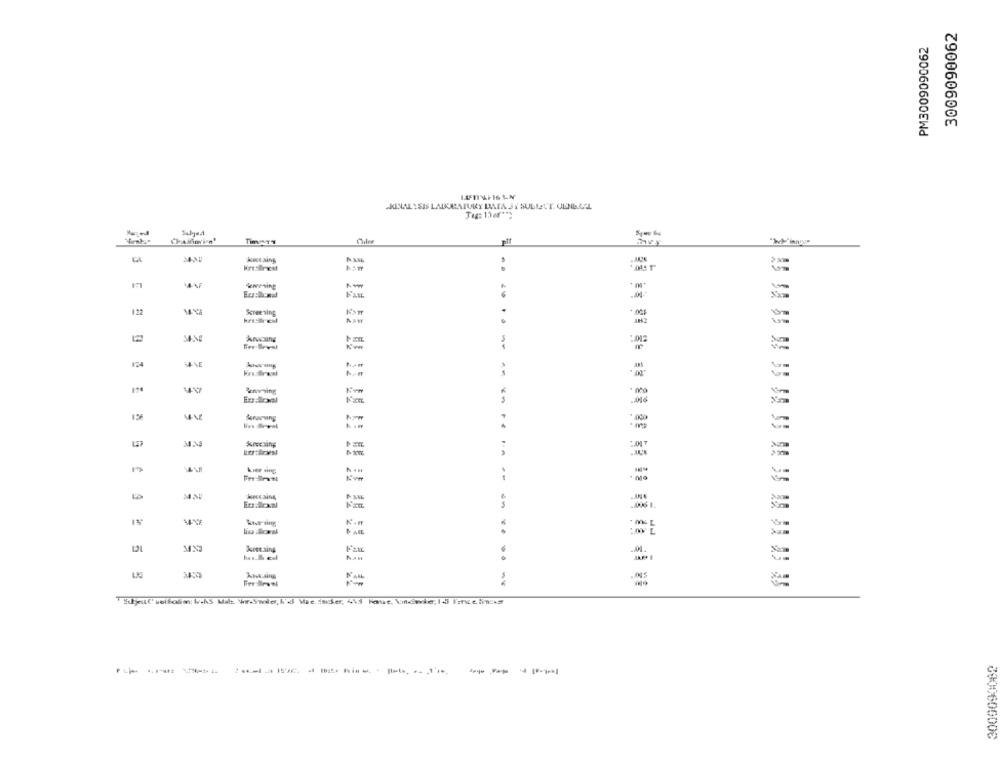
3009090062
PM3009090062
CKINAL YSIS LADURATURY DATA JY SULLETT. ULNILAL
HiresBrist
Fax
122
Screening
AS
krwaing
--------
124
A.
kramving
3.NS
Eualloxal
.. 0006 1
Kretaing
Shout' abifolio WAS Mit Vr-Smole, I'd Wie inder, 415 Fase, Unesie, Id lafelinas
3009090082